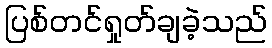
ပြစ်တင်ရှုတ်ချခဲ့သည်